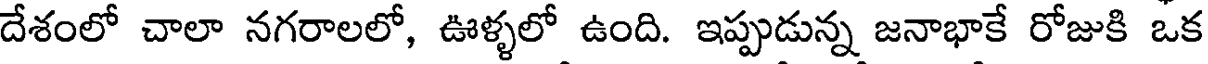
దేశంలో చాలా నగరాలలో, ఊళ్ళలో ఉంది. ఇప్పుడున్న జనాభాకే రోజుకి ఒక